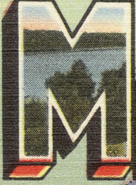
M